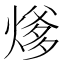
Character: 𰟍